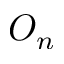
O _ { n }